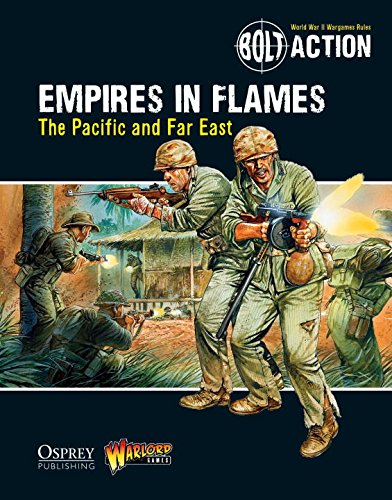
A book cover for Bolt Action: Empires in Flames: The Pacific and Far East; Warlord Games; Science Fiction & Fantasy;